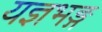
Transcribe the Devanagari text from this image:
यज्ञभङ्ग